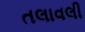
તલાવલી